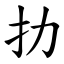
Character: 扐